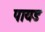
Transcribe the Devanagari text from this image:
पायड